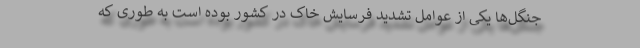
جنگل‌ها یکی از عوامل تشدید فرسایش خاک در کشور بوده است به طوری که